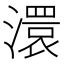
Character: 澴